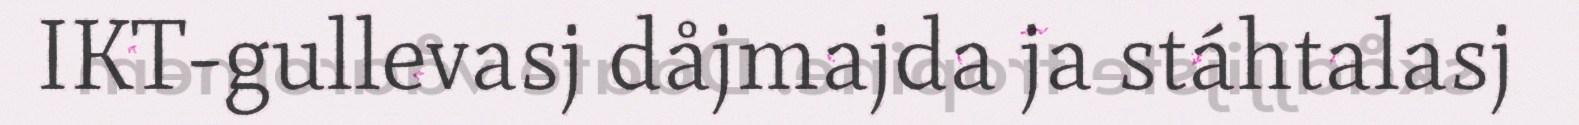
IKT-gullevasj dåjmajda ja stáhtalasj